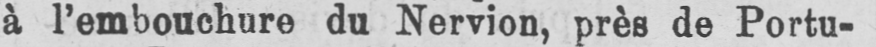
à l’embouchure du Nervion, près de Portu-